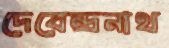
দেবেন্দ্রনাথ